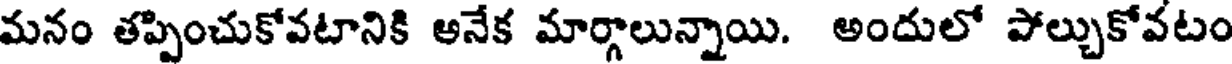
మనం తప్పించుకోవటానికి అనేక మార్గాలున్నాయి. అందులో పోల్చుకోవటం